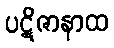
ပဋိဇာနာထ